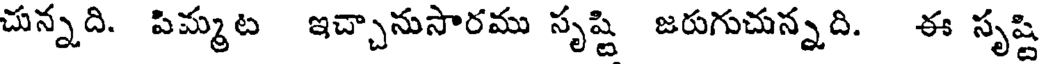
చున్నది. పిమ్మట ఇచ్చానుసారము సృష్టి జరుగుచున్నది. ఈ సృష్టి